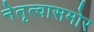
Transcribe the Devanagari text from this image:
नेतृत्वासमोर